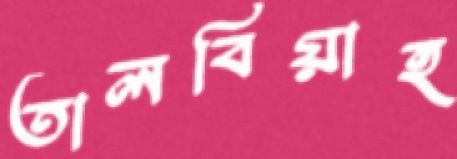
তালবিয়াহ